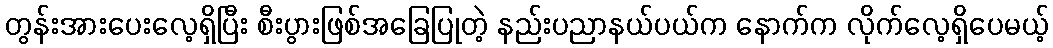
တွန်းအားပေးလေ့ရှိပြီး စီးပွားဖြစ်အခြေပြုတဲ့ နည်းပညာနယ်ပယ်က နောက်က လိုက်လေ့ရှိပေမယ့်